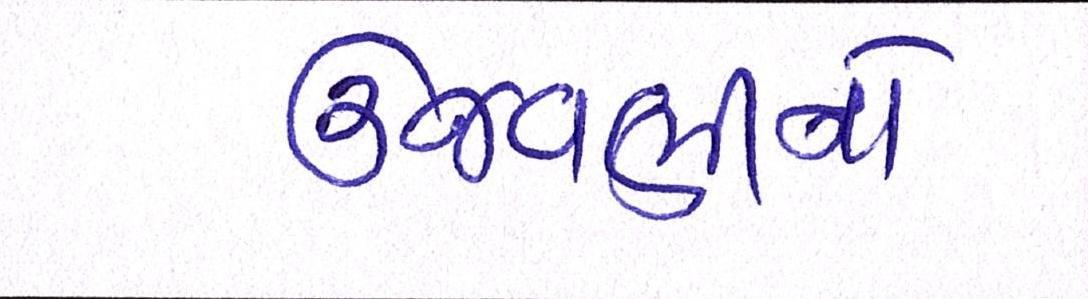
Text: ઉજવણીનો